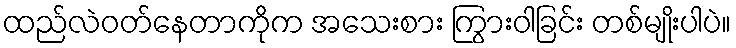
ထည်လဲဝတ်နေတာကိုက အသေးစား ကြွားဝါခြင်း တစ်မျိုးပါပဲ။